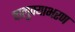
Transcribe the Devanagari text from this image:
चालुक्याभरण